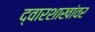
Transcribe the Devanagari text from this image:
द्वारशाखांवर